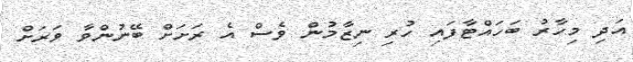
އަދި މިހާރު ބަހައްޓާފައި ހުރި ނިޒާމުން ވެސް އެ ރަށަށް ބޭނުންވާ ވަރަށް